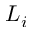
L _ { i }